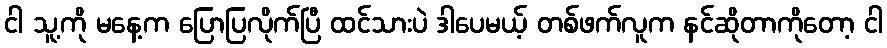
ငါ သူ့ကို မနေ့က ပြောပြလိုက်ပြီ ထင်သားပဲ ဒါပေမယ့် တစ်ဖက်လူက နင်ဆိုတာကိုတော့ ငါ